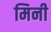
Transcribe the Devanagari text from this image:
मिनी